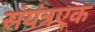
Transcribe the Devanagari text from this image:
संयंत्रएक